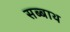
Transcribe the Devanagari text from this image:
सब्‍बाथ